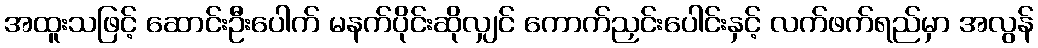
အထူးသဖြင့် ဆောင်းဦးပေါက် မနက်ပိုင်းဆိုလျှင် ကောက်ညှင်းပေါင်းနှင့် လက်ဖက်ရည်မှာ အလွန်